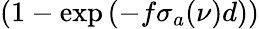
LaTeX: \left(1-\exp{\left(-f\sigma_{a}(\nu)d\right)}\right)